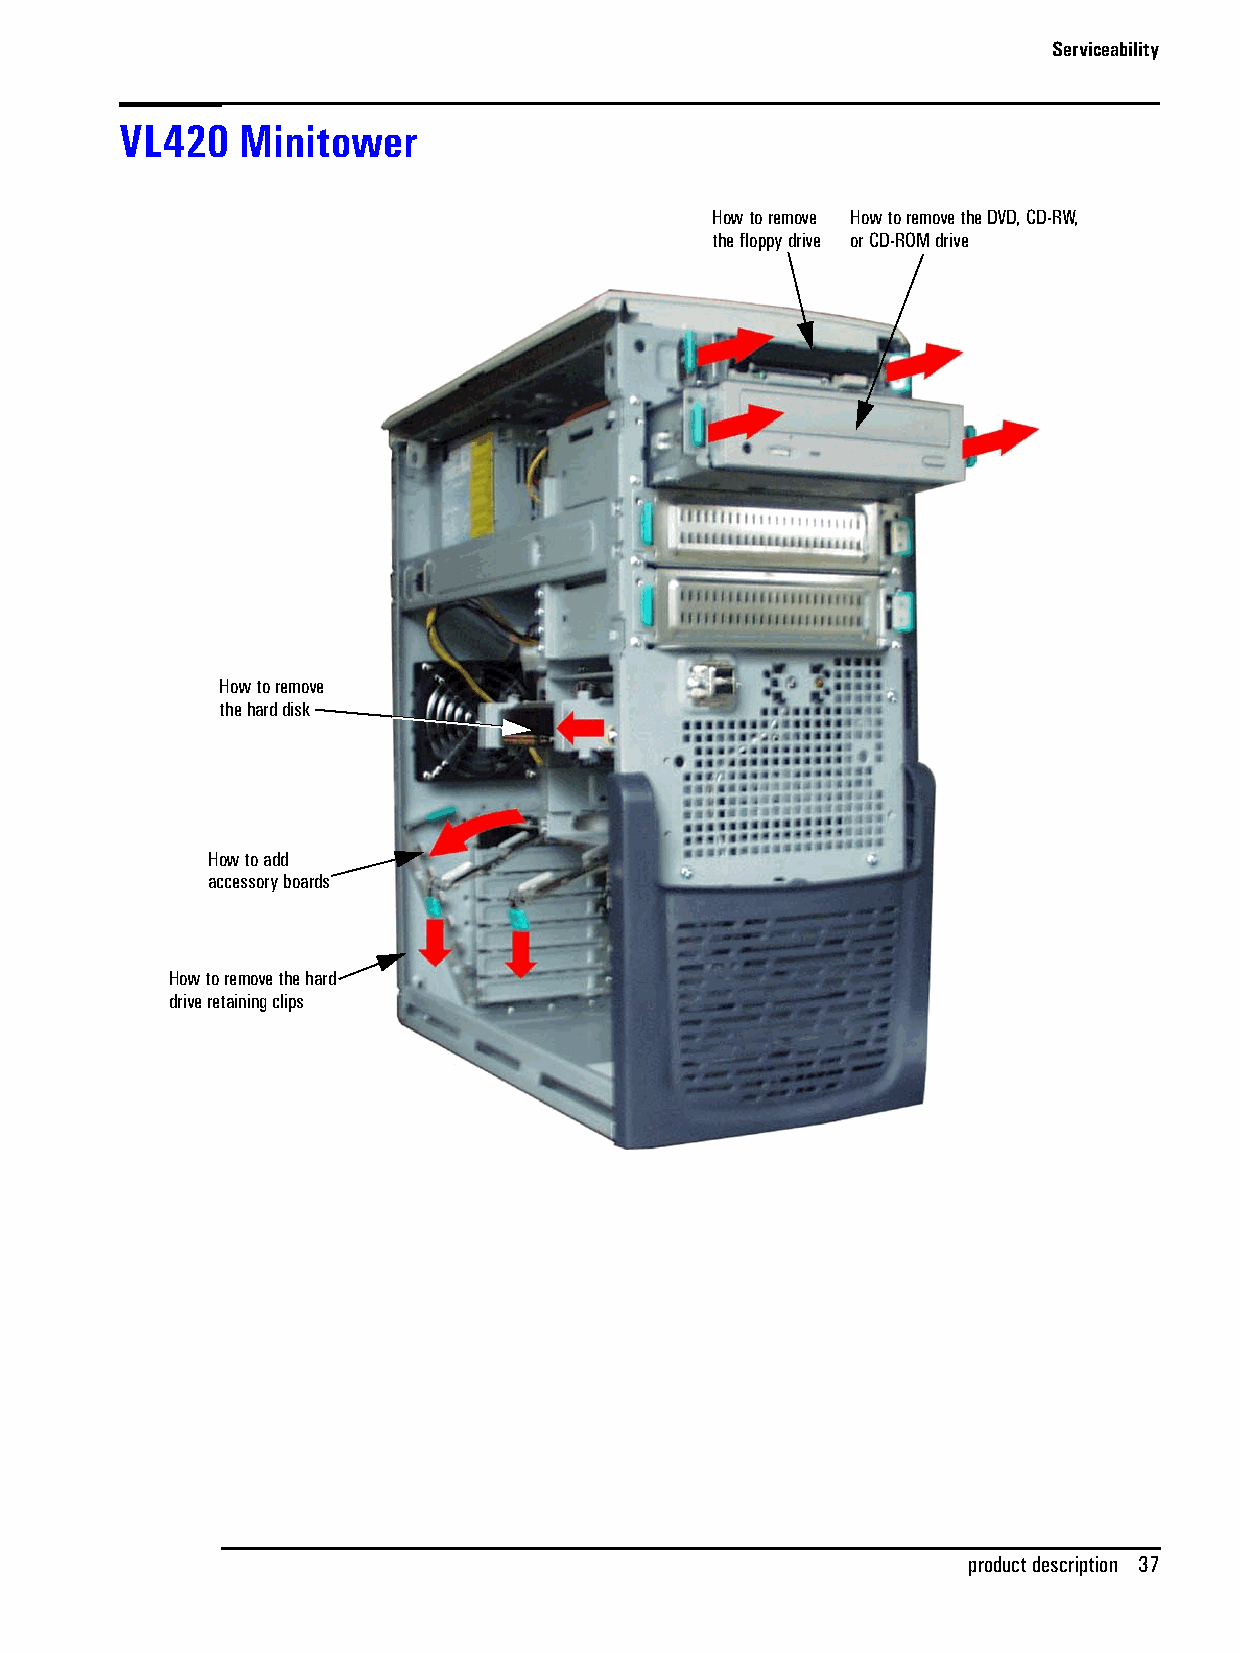
Serviceability
 VL420   Minitower
 How to remove How to remove the DVD, CD-RW,
 the floppy drive or CD-ROM drive
 How to remove
 the hard disk
 How to add
 accessory boards
 How to remove the hard
 drive retaining clips
 product description 37